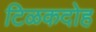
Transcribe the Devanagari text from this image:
टिळकदोह